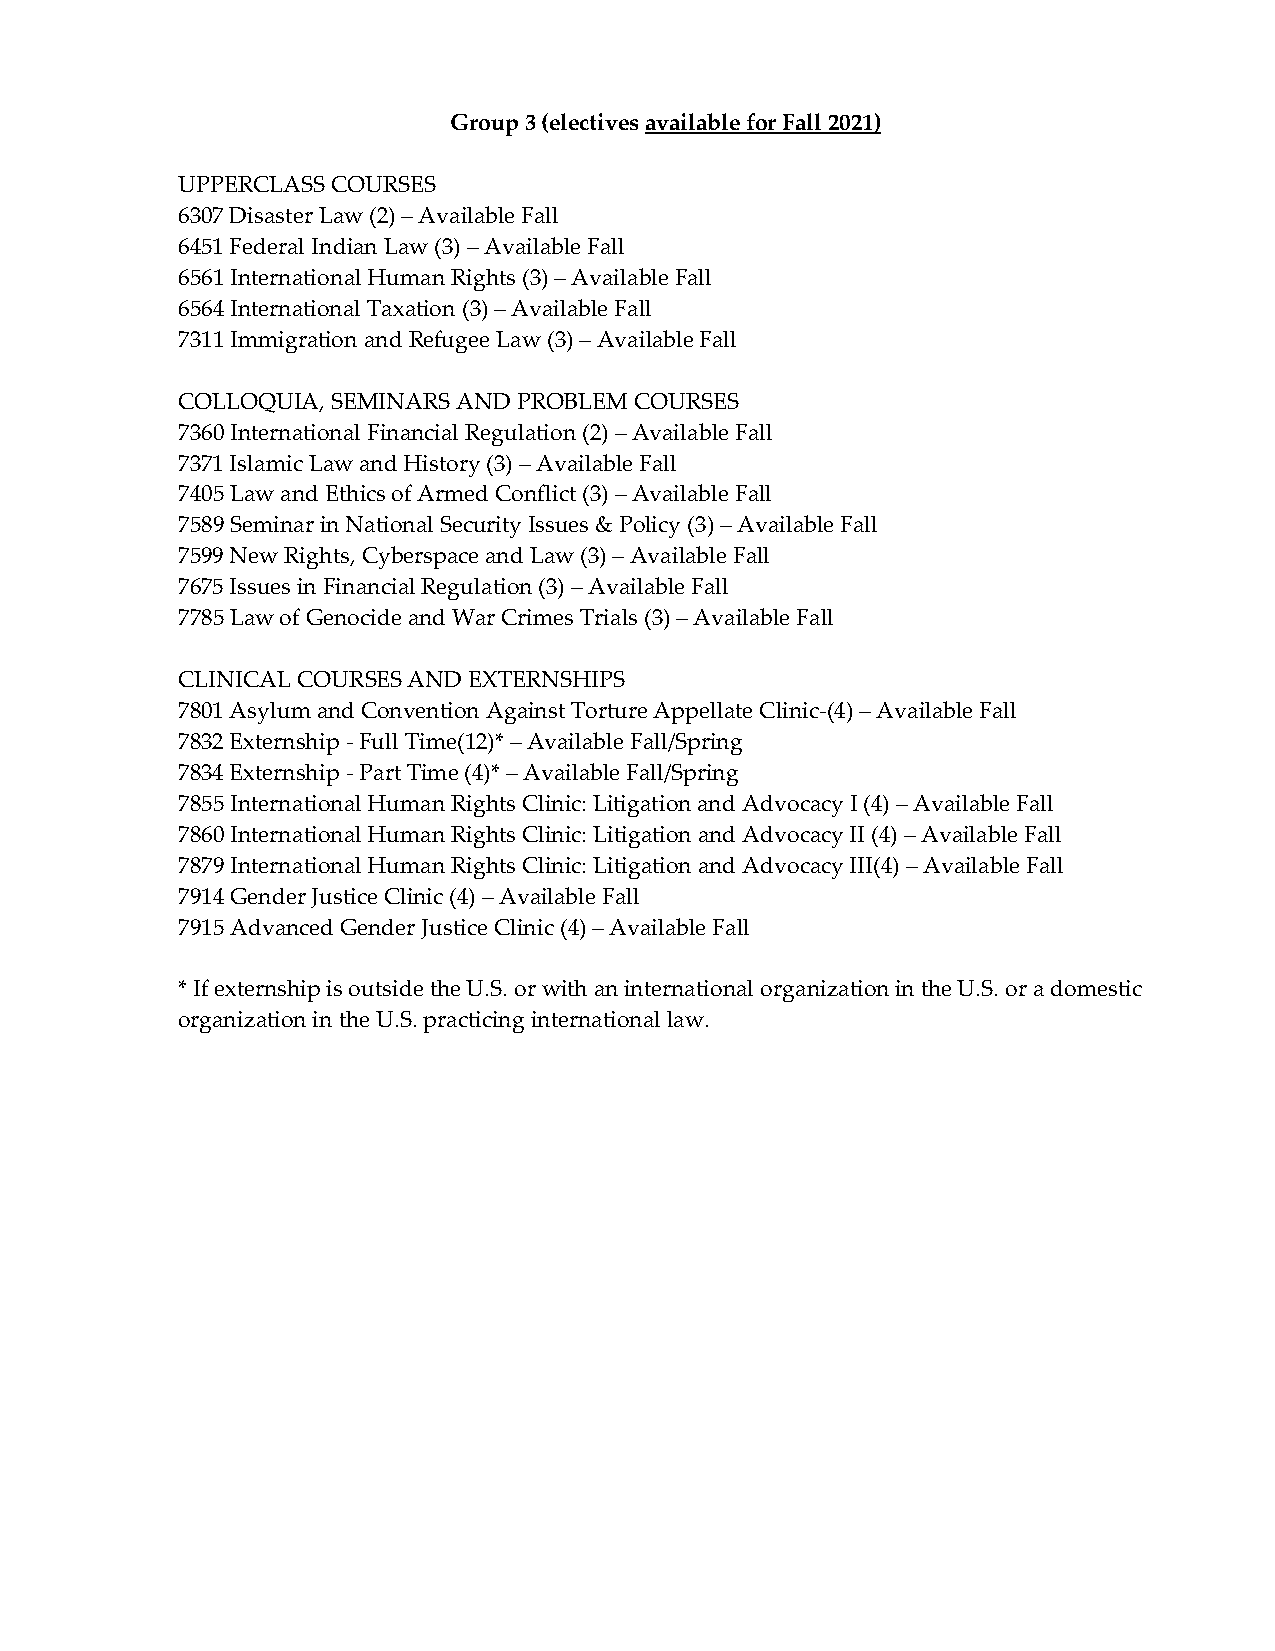
Group 3 (electives available for Fall 2021)
 UPPERCLASS COURSES
 6307 Disaster Law (2) – Available Fall
 6451 Federal Indian Law (3) – Available Fall
 6561 International Human Rights (3) – Available Fall
 6564 International Taxation (3) – Available Fall
 7311 Immigration and Refugee Law (3) – Available Fall
 COLLOQUIA, SEMINARS AND PROBLEM COURSES
 7360 International Financial Regulation (2) – Available Fall
 7371 Islamic Law and History (3) – Available Fall
 7405 Law and Ethics of Armed Conflict (3) – Available Fall
 7589 Seminar in National Security Issues & Policy (3) – Available Fall
 7599 New Rights, Cyberspace and Law (3) – Available Fall
 7675 Issues in Financial Regulation (3) – Available Fall
 7785 Law of Genocide and War Crimes Trials (3) – Available Fall
 CLINICAL COURSES AND EXTERNSHIPS
 7801 Asylum and Convention Against Torture Appellate Clinic-(4) – Available Fall
 7832 Externship - Full Time(12)* – Available Fall/Spring
 7834 Externship - Part Time (4)* – Available Fall/Spring
 7855 International Human Rights Clinic: Litigation and Advocacy I (4) – Available Fall
 7860 International Human Rights Clinic: Litigation and Advocacy II (4) – Available Fall
 7879 International Human Rights Clinic: Litigation and Advocacy III(4) – Available Fall
 7914 Gender Justice Clinic (4) – Available Fall
 7915 Advanced Gender Justice Clinic (4) – Available Fall
 * If externship is outside the U.S. or with an international organization in the U.S. or a domestic
 organization in the U.S. practicing international law.